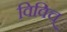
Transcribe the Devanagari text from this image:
विविच्